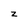
Character: z